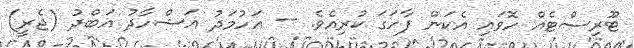
ޓޫރިސްޓެއް ހޮވައި އެކަން ފާހަގަ ކުރިއެވެ. -- އަހުމަދު އަޝްހާދު އަބްދު (ޖެރީ)